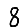
Digit: 8